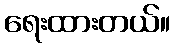
ရေးထားတယ်။